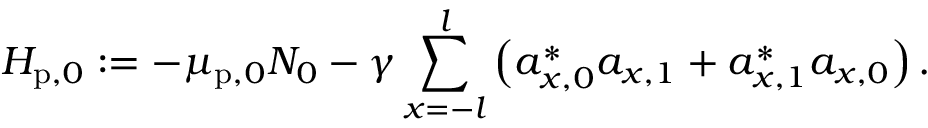
H _ { \mathrm { p } , 0 } : = - \mu _ { \mathrm { p } , 0 } N _ { 0 } - \gamma \sum _ { x = - l } ^ { l } \left( a _ { x , 0 } ^ { \ast } a _ { x , 1 } + a _ { x , 1 } ^ { \ast } a _ { x , 0 } \right) .